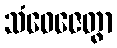
သံဝေဇေတွာ